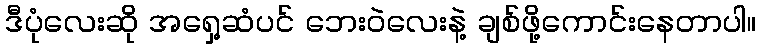
ဒီပုံလေးဆို အရှေ့ဆံပင် ဘေးဝဲလေးနဲ့ ချစ်ဖို့ကောင်းနေတာပါ။